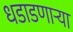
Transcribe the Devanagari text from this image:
धडाडणाऱ्या